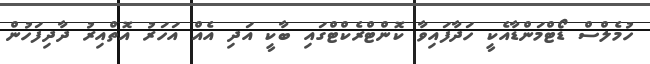
ހުމެލްސް ޑޯޓްމަންޑާއެކީ ހަދާފައިވާ ކޮންޓްރެކްޓްގައި ބާކީ އަދި އެއް އަހަރު އޮތްއިރު ދާދިފަހުން